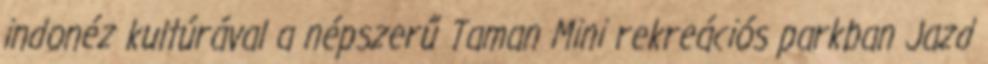
indonéz kultúrával a népszerű Taman Mini rekreációs parkban Jazd